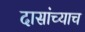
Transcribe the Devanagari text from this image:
दासांच्याच